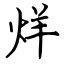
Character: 烊